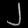
Digit: ၂